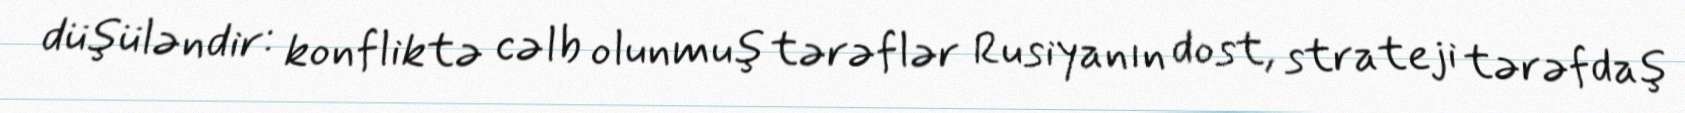
düşüləndir: konfliktə cəlb olunmuş tərəflər Rusiyanın dost, strateji tərəfdaş